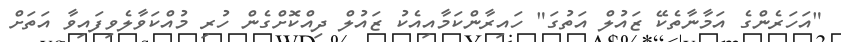
"އަހަރެންގެ އަމާނާތެކޭ ޒައުލް އަތުގަ" ހައިރާންކަމާއިއެކު ޒައުލް ދިއްކޮށްގެން ހުރި މުއްކަވާލެވިފައިވާ އަތަށް